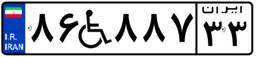
۸۶W۸۸۷۳۳